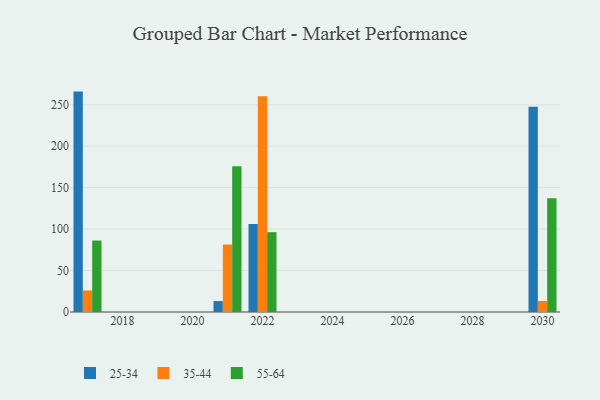
{"axis": {"x": "Year", "y": "Conversion Rate (%)"}, "legend": ["25-34", "35-44", "55-64"], "data": [{"x": "2017", "y": 265.9, "type": "25-34"}, {"x": "2017", "y": 26.0, "type": "35-44"}, {"x": "2017", "y": 86.2, "type": "55-64"}, {"x": "2030", "y": 247.5, "type": "25-34"}, {"x": "2030", "y": 13.3, "type": "35-44"}, {"x": "2030", "y": 137.3, "type": "55-64"}, {"x": "2022", "y": 106.1, "type": "25-34"}, {"x": "2022", "y": 260.3, "type": "35-44"}, {"x": "2022", "y": 96.3, "type": "55-64"}, {"x": "2021", "y": 13.2, "type": "25-34"}, {"x": "2021", "y": 81.4, "type": "35-44"}, {"x": "2021", "y": 175.9, "type": "55-64"}]}